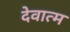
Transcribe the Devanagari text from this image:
देवात्म